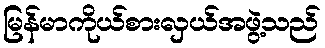
မြန်မာကိုယ်စားလှယ်အဖွဲ့သည်